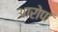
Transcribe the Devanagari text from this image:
आरोपॉ